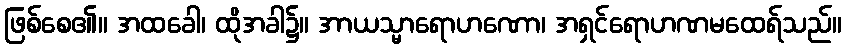
ဖြစ်စေ၏။ အထခေါ၊ ထိုအခါ၌။ အာယသ္မာရောဟဏော၊ အရှင်ရောဟဏမထေရ်သည်။